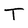
Character: T